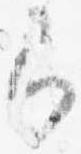
即